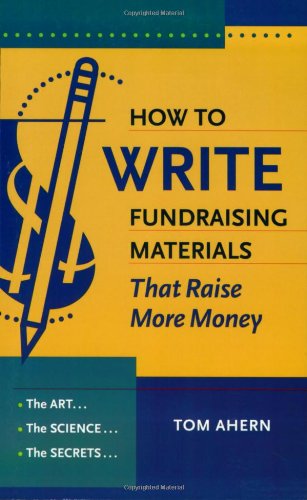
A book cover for How to Write Fundraising Materials That Raise More Money: The Art, the Science, the Secrets; Tom Ahern; Business & Money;